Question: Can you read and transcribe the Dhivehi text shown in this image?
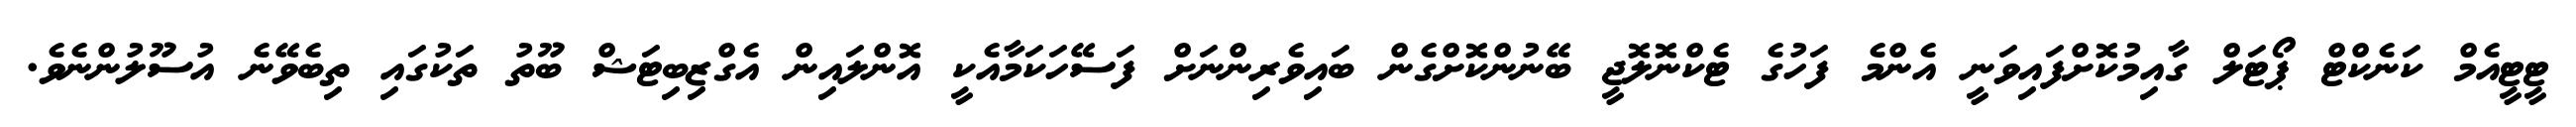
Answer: ޓީޓީއެމް ކަނެކްޓް ޕޯޓަލް ގާއިމުކޮށްފައިވަނީ އެންމެ ފަހުގެ ޓެކްނޮލޮޖީ ބޭނުންކޮށްގެން ބައިވެރިންނަށް ފަސޭހަކަމާއެކީ އޮންލައިން އެގްޒިބިޓަޝް ބޫތު ތަކުގައި ތިބެވޭނެ އުސޫލުންނެވެ.